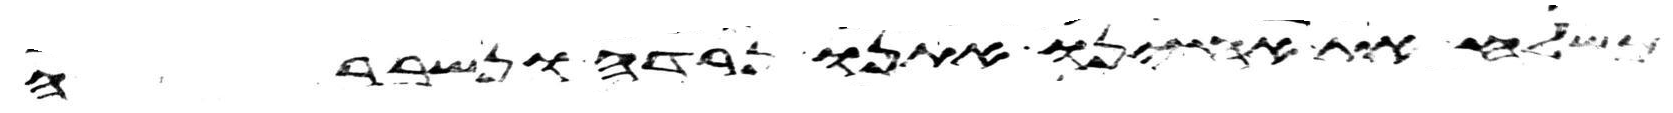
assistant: משלח את אחינו אתנו נרדה ונשברה